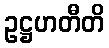
ဥဋ္ဌဟတီတိ